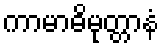
ကာမာဓိမုတ္တာနံ